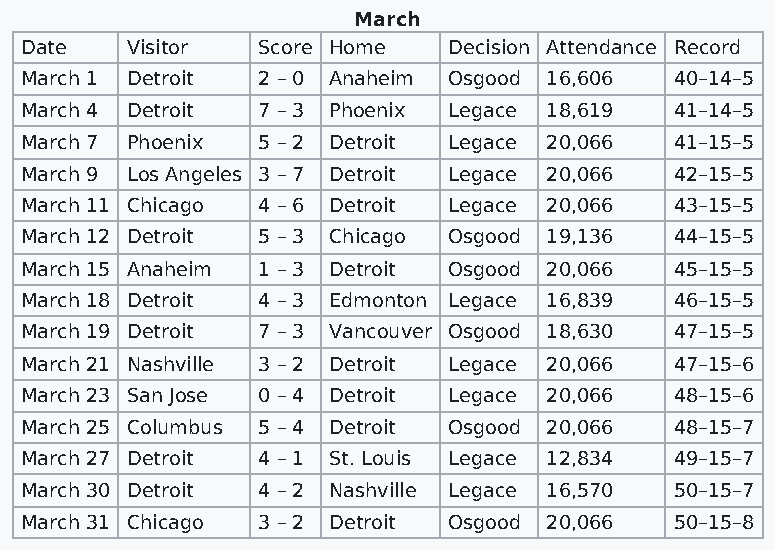
March
 Date   Visitor  Score Home   Decision Attendance Record
 March 1 Detroit 2 – 0 Anaheim Osgood 16,606 40–14–5
 March 4 Detroit 7 – 3 Phoenix Legace 18,619 41–14–5
 March 7 Phoenix 5 – 2 Detroit Legace 20,066 41–15–5
 March 9 Los Angeles 3 – 7 Detroit Legace 20,066 42–15–5
 March 11 Chicago 4 – 6 Detroit Legace 20,066 43–15–5
 March 12 Detroit 5 – 3 Chicago Osgood 19,136 44–15–5
 March 15 Anaheim 1 – 3 Detroit Osgood 20,066 45–15–5
 March 18 Detroit 4 – 3 Edmonton Legace 16,839 46–15–5
 March 19 Detroit 7 – 3 Vancouver Osgood 18,630 47–15–5
 March 21 Nashville 3 – 2 Detroit Legace 20,066 47–15–6
 March 23 San Jose 0 – 4 Detroit Legace 20,066 48–15–6
 March 25 Columbus 5 – 4 Detroit Osgood 20,066 48–15–7
 March 27 Detroit 4 – 1 St. Louis Legace 12,834 49–15–7
 March 30 Detroit 4 – 2 Nashville Legace 16,570 50–15–7
 March 31 Chicago 3 – 2 Detroit Osgood 20,066 50–15–8